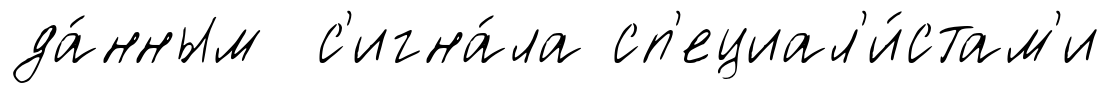
да́нным с'игна́ла сп'ециал'и́стам'и